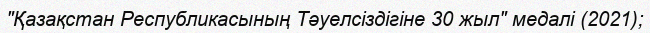
"Қазақстан Республикасының Тәуелсіздігіне 30 жыл" медалі (2021);